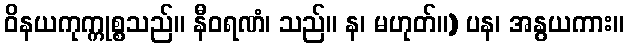
ဝိနယကုက္ကုစ္စသည်။ နီဝရဏံ၊ သည်။ န၊ မဟုတ်။) ပန၊ အနွယကား။